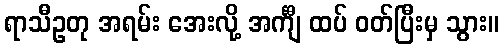
ရာသီဥတု အရမ်း အေးလို့ အင်္ကျီ ထပ် ဝတ်ပြီးမှ သွား။